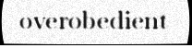
overobedient